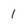
Character: 1